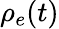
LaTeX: \rho_{e}(t)